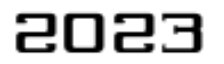
2023